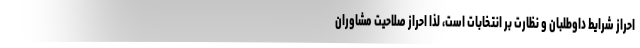
احراز شرایط داوطلبان و نظارت بر انتخابات است، لذا احراز صلاحیت مشاوران